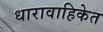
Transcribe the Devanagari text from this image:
धारावाहिकेत